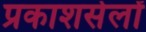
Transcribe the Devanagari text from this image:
प्रकाशसेलों